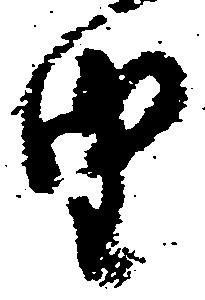
由